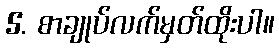
5. စာချုပ်လက်မှတ်ထိုးပါ။